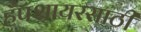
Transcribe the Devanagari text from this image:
हँपशायरसाठी